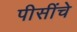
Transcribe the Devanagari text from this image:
पीसींचे